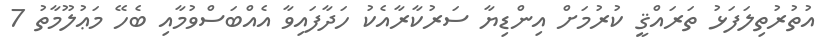
އުތުރުތިލަފަޅު ތަރައްޤީ ކުރުމަށް އިންޑިޔާ ސަރުކާރާއެކު ހަދާފައިވާ އެއްބަސްވުމާއި ބެހޭ މަޢުލޫމާތު 7